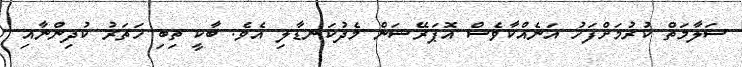
ސަލާމަތް ކުރުމަށްފަހު އަނެއްކާވެސް އޮޕަރޭޝަން މެދުކަނޑާލި އެވެ. ބާކީ ތިބި ހަތަރު ކުދިންނާއި